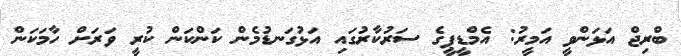
ބްރިޖް އަޅަންވީ އަމީރު: އެމްޑީޕީގެ ސަރުކާރުގައި އަޅުގަނޑުމެން ކަންކަން ކުރީ ވަރަށް ހާމަކަން